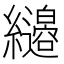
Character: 𦇭